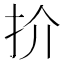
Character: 扴